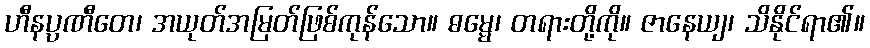
ဟီနပ္ပဏီတေ၊ အယုတ်အမြတ်ဖြစ်ကုန်သော။ ဓမ္မေ၊ တရားတို့ကို။ ဇာနေယျ၊ သိနိုင်ရာ၏။